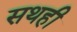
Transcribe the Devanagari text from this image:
सथही